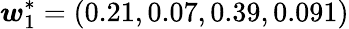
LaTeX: \boldsymbol{\mathit{w}}_{1}^{*}=(0.21,0.07,0.39,0.091)